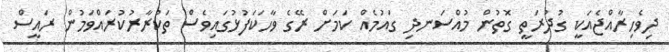
ދިވެހިރާއްޖެއަކީ ގުދުރަތީ ގޮތުން މުއްސަނދި ގައުމެއް ކަމަށް ރޭގެ ވާހަކަފުޅުގައިވެސް ތަކުރާރުކުރައްވަމުން ރައީސް